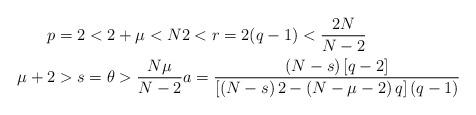
LaTeX: \begin{align*}p & =2<2+\mu<N2<r=2(q-1)<\frac{2N}{N-2}\\\mu+2 & >s=\theta>\frac{N\mu}{N-2}a=\frac{\left( N-s\right)\left[ q-2\right] }{\left[ \left( N-s\right) 2-\left( N-\mu-2\right)q\right] (q-1)}\end{align*}